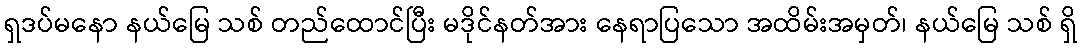
ရှဒပ်မနော နယ်မြေ သစ် တည်ထောင်ပြီး မဒိုင်နတ်အား နေရာပြသော အထိမ်းအမှတ်၊ နယ်မြေ သစ် ရှိ